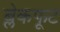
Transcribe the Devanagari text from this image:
ब्लेकफूट